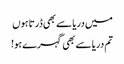
میں دریا سے بھی ڈرتا ہوں
تم دریا سے بھی گہرے ہو!